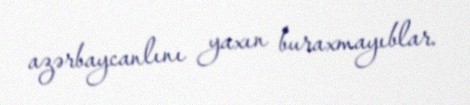
azərbaycanlını yaxın buraxmayıblar.